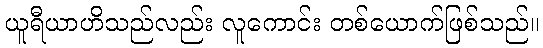
ယူရီယာဟိသည်လည်း လူကောင်း တစ်ယောက်ဖြစ်သည်။